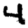
Digit: 4